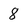
Character: 8